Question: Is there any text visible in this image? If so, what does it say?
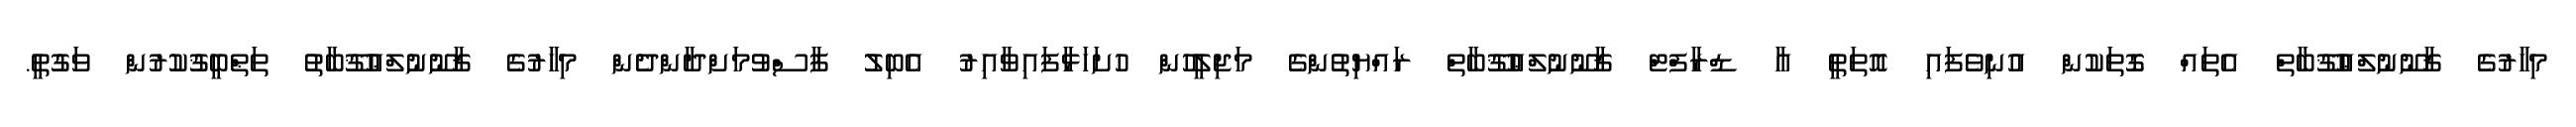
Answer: މިހާރުގެ ޤާނޫނުލްޢުޤޫބާތް އެތައް ގޮތަކުން އުނިވެފައި އޮތަތީ އާ ޑްރާފްޓް ޤާނޫނުލްޢުޤޫބާތް ރައްޔިތުންގެ މަޖިލީހުން ހުށަހަޅާފައިވާއިރު އެބިލު ފާސްވުމަށްދާންދެން މިހާރުގެ ޤާނޫނުލްޢުޤޫބާތު ތަޠްބީޤުކުރުން ވަގުތީ.